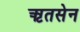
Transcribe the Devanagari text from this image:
ऋतसेन